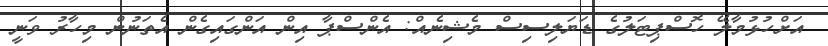
އަށްހުޅުމާލޭ ހޮސްޕިޓަލުގެ ޑަޔަލިސިސް މެޝިނެއް: އެންސްޕާ އިން އަންގައިގެން އެތަނުން މިހާރު ވަނީ